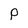
Character: P